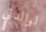
لوالدتي